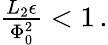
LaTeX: \begin{array}{r}{\frac{L_{2}\epsilon}{\Phi_{0}^{2}}<1\, .}\end{array}